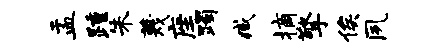
盂踵朱蔑座躅臧摘擎俟夙